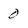
Character: 0